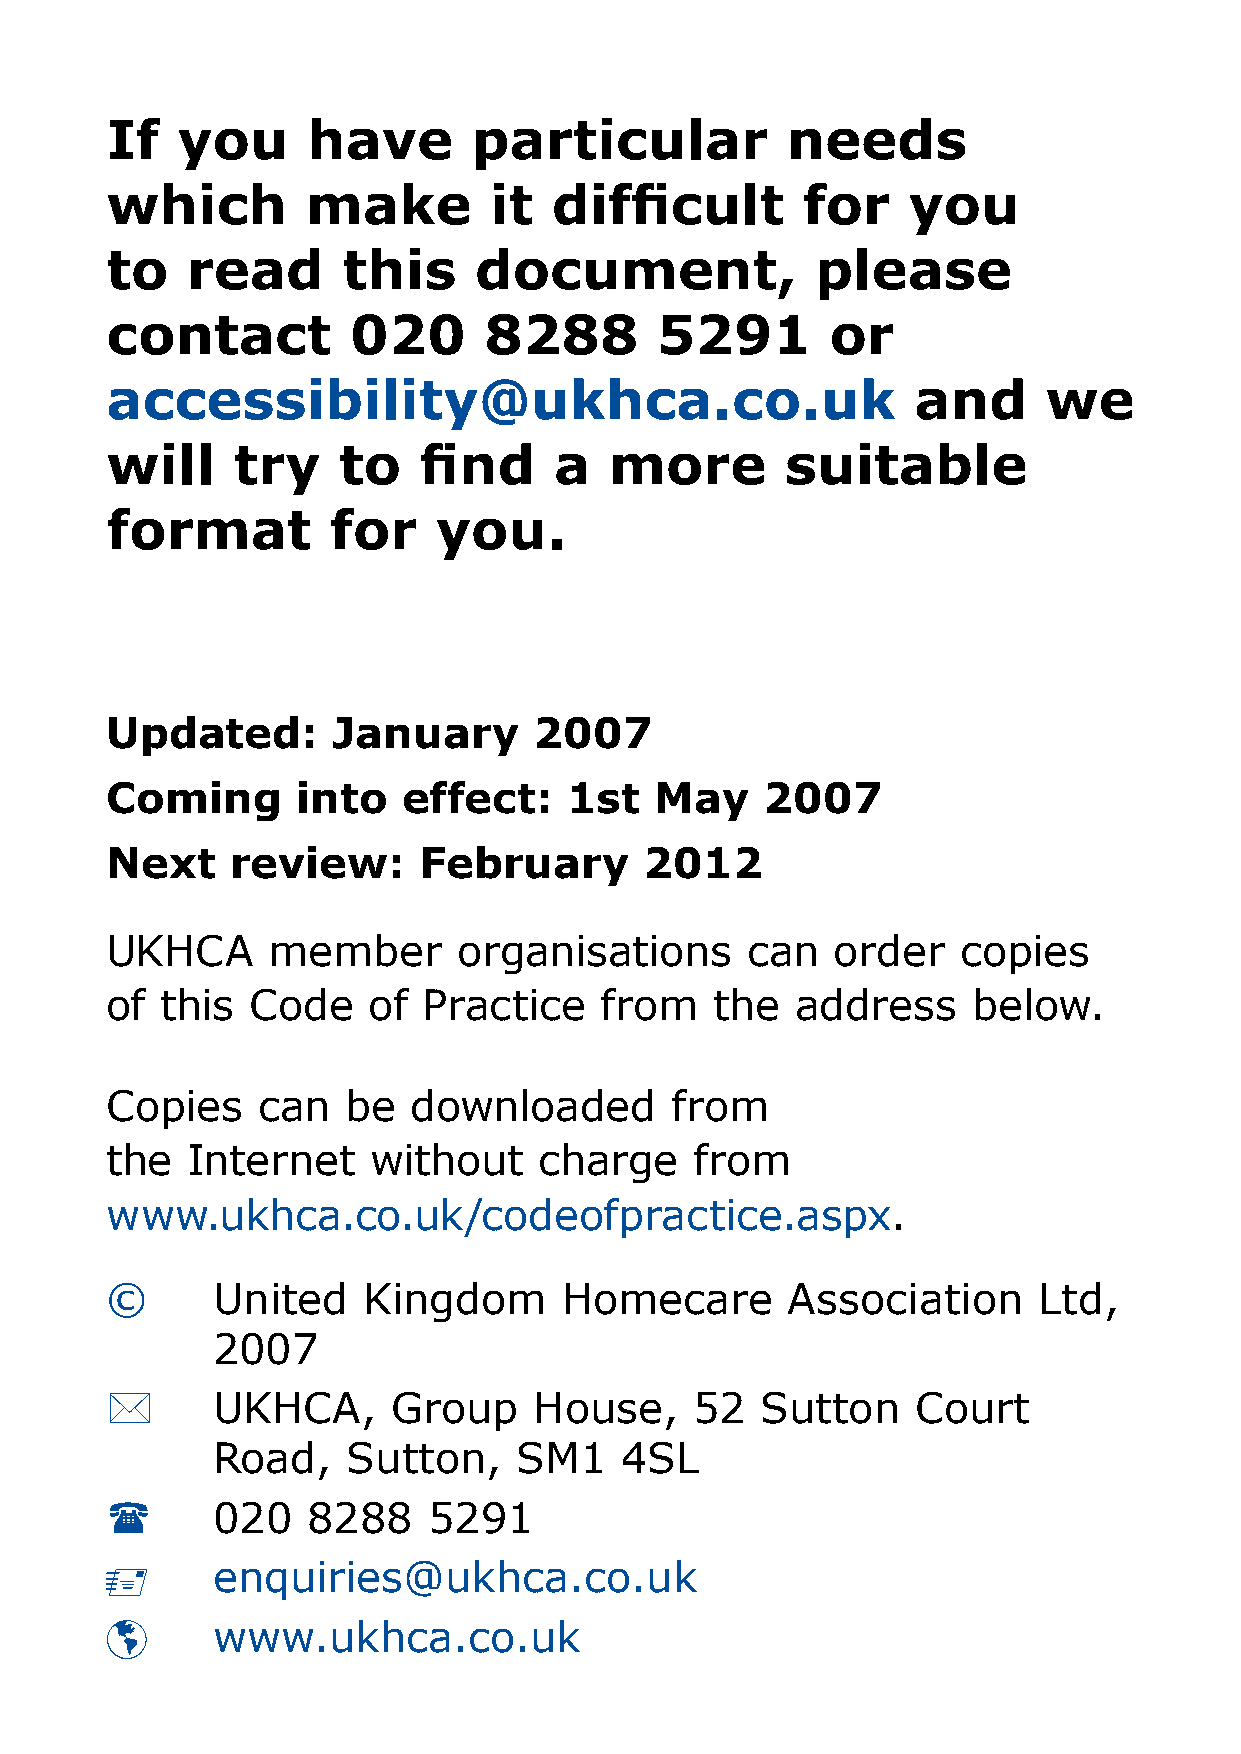
If   you     have       particular           needs
 which        make        it   difficult       for    you
 to   read       this    document,              please
 contact         020      8288       5291        or
 accessibility@ukhca.co.uk                            and      we
 will    try    to    find     a  more        suitable
 format         for    you.
 Updated:       January      2007
 Coming       into   effect:    1st  May     2007
 Next    review:      February       2012
 UKHCA      member      organisations      can   order    copies
 of  this  Code   of  Practice    from   the   address    below.
 Copies    can   be  downloaded       from
 the  Internet    without     charge    from
 www.ukhca.co.uk/codeofpractice.aspx.
 ©      United    Kingdom      Homecare       Association      Ltd,
 007
 *      UKHCA,      Group    House,     5  Sutton     Court
 Road,    Sutton,    SM1    4SL
 (      00   888    591
       enquiries@ukhca.co.uk
 þ      www.ukhca.co.uk